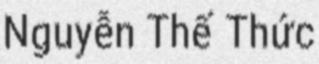
Nguyễn Thế Thức